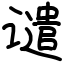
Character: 谴